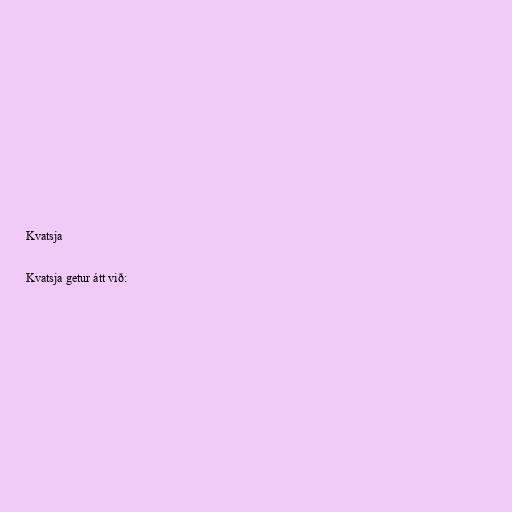
Kvatsja

Kvatsja getur átt við: